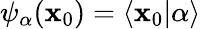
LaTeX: \psi_{\alpha}(\mathbf{x}_{0})=\langle\mathbf{x}_{0}|\alpha\rangle